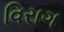
વિરાગ